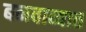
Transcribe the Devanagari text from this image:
बनवाव्यात